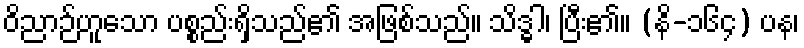
ဝိညာဉ်ဟူသော ပစ္စည်းရှိသည်၏ အဖြစ်သည်။ သိဒ္ဓါ၊ ပြီး၏။ (နိ-၁၆၄) ပန၊